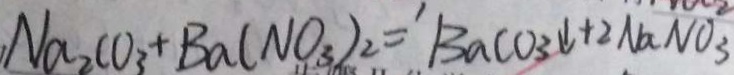
N a _ { 2 } C O _ { 3 } + B a ( N O _ { 3 } ) _ { 2 } = B a c o _ { 3 } \downarrow + 2 N a N O _ { 3 }